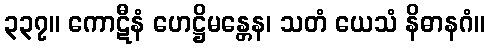
၃၃၇။ ကောဋီနံ ဟေဋ္ဌိမန္တေန၊ သတံ ယေသံ နိဓာနဂံ။